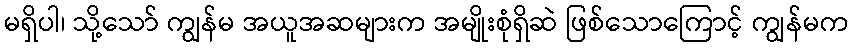
မရှိပါ၊ သို့သော် ကျွန်မ အယူအဆများက အမျိုးစုံရှိဆဲ ဖြစ်သောကြောင့် ကျွန်မက